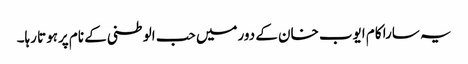
یہ سارا کام ایوب خان کے دورمیں حب الوطنی کے نام پرہوتا رہا۔